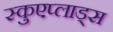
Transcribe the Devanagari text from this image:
स्कुएप्लाड्स